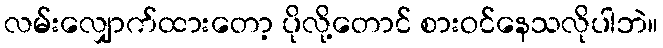
လမ်းလျှောက်ထားတော့ ပိုလို့တောင် စားဝင်နေသလိုပါဘဲ။